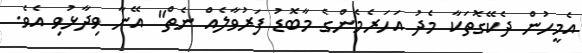
އެމީހުން ދެކޭގޮތަކާ މެދު އަހަރެމެންގެ މާބޮޑު ފަރުވާލެއް ނެތް" އޭނާ ވިދާޅުވި އެވެ.